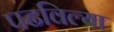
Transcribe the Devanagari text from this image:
पढविल्या